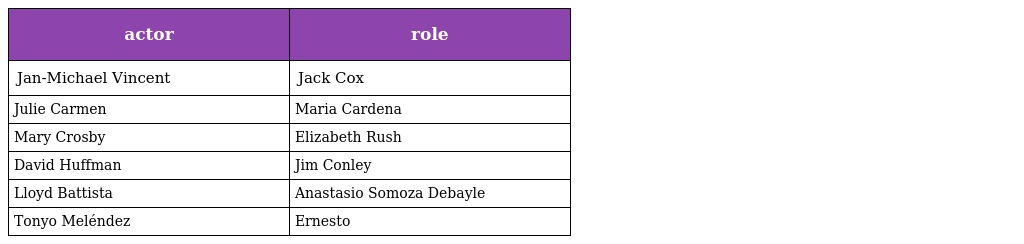
| actor | role |
 | --- | --- |
 | Jan-Michael Vincent | Jack Cox |
 | Julie Carmen | Maria Cardena |
 | Mary Crosby | Elizabeth Rush |
 | David Huffman | Jim Conley |
 | Lloyd Battista | Anastasio Somoza Debayle |
 | Tonyo Meléndez | Ernesto |